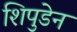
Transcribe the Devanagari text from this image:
शिपुडेन